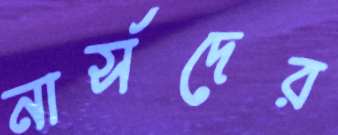
নার্সদের